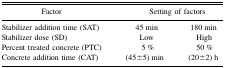
<table><thead><tr><td><b>Factor</b></td><td colspan="2"><b>Setting of factors</b></td></tr></thead><tbody><tr><td>Stabilizer addition time (SAT)</td><td>45 min</td><td>180 min</td></tr><tr><td>Stabilizer dose (SD)</td><td>Low</td><td>High</td></tr><tr><td>Percent treated concrete (PTC)</td><td>5 %</td><td>50 %</td></tr><tr><td>Concrete addition time (CAT)</td><td>(45±5) min</td><td>(20±2) h</td></tr></tbody></table>